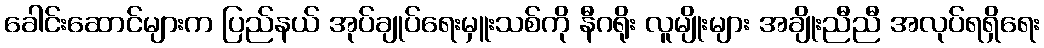
ခေါင်းဆောင်များက ပြည်နယ် အုပ်ချုပ်ရေးမှူးသစ်ကို နီဂရိုး လူမျိုးများ အချိုးညီညီ အလုပ်ရရှိရေး